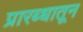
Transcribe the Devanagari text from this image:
प्रारब्धातून